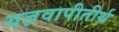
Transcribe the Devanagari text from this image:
यज्ञवापीतीर्थ